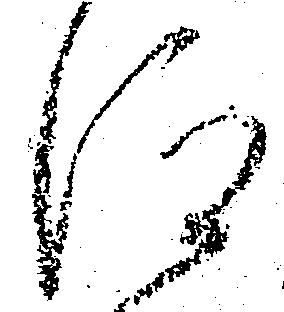
仰